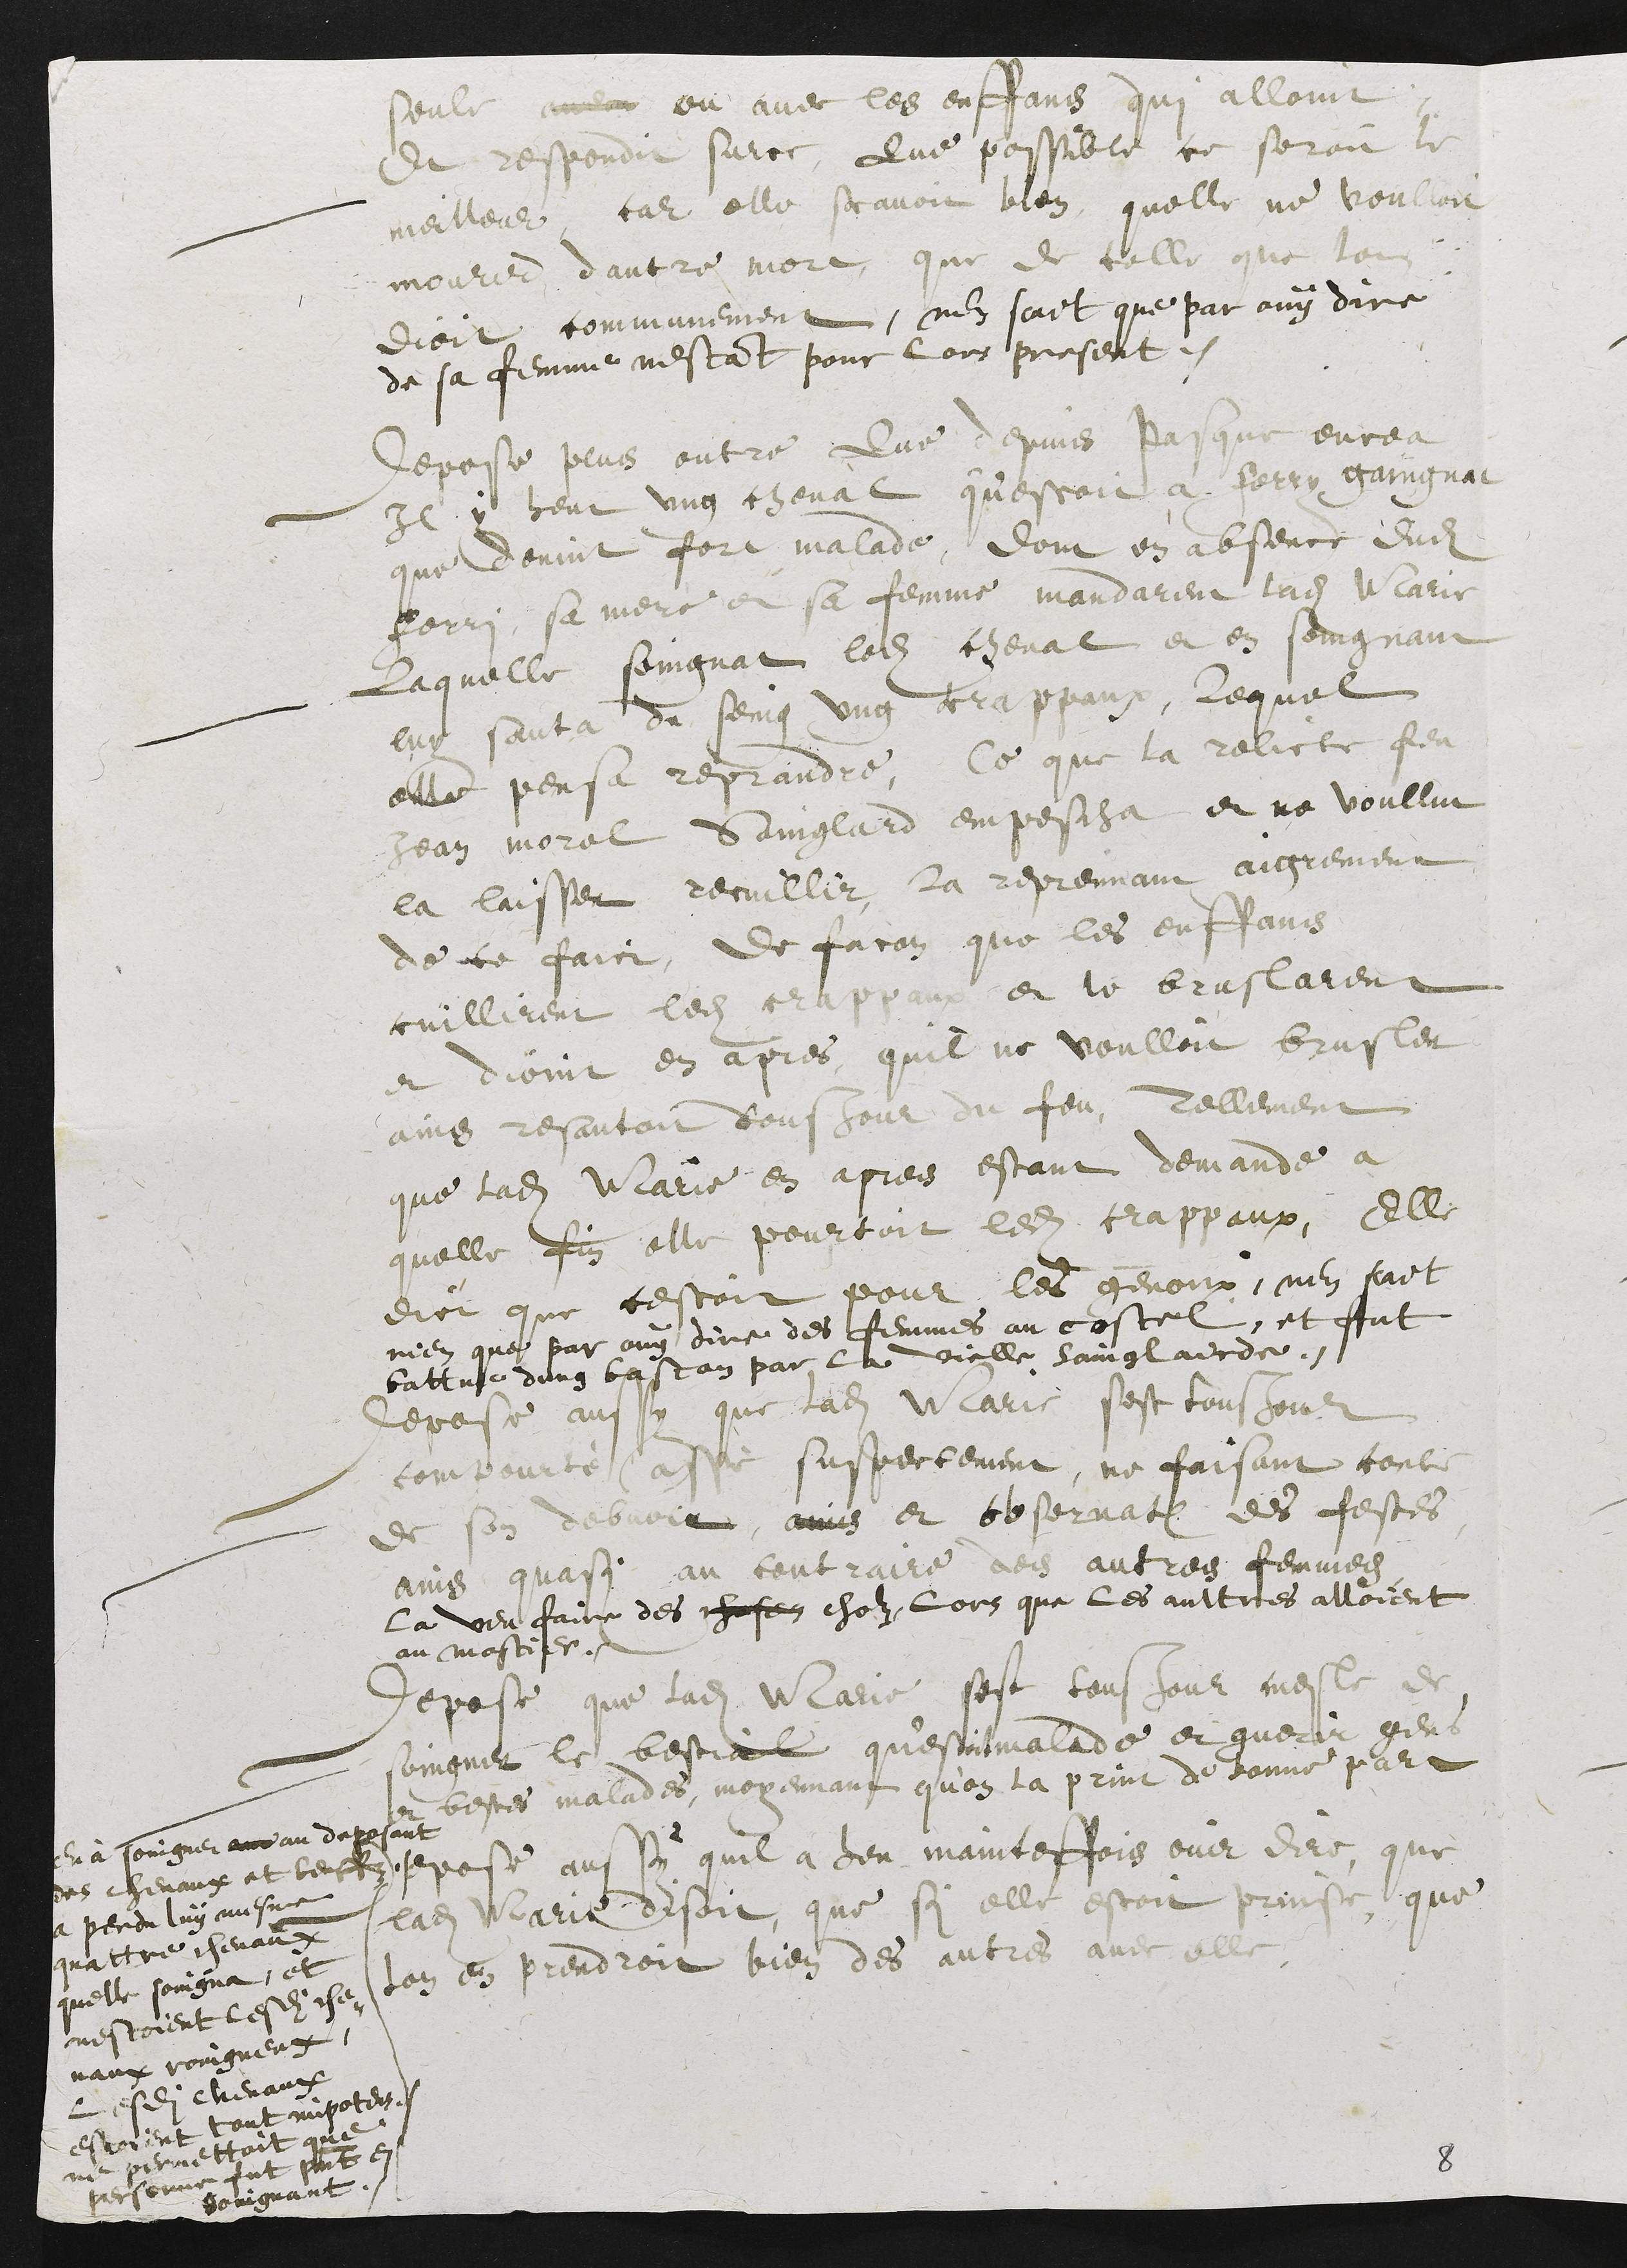
Seule ou avec les enffans qui alloint,
et respondit surce,  Que possible ce seroit le
meilleur, car elle scavoit bien quelle ne voulloit
mourir d autre mort, que de telle que lon
dioit communement, nen scait que par ouÿ dire
de sa femme nestant pour lors present.
Depose plus outre que depuis Pasque encea
Il ÿ heut ung cheval questoit a ferry gaingnat
que devint fort malade, dont en absence dudit
ferry sa mere et sa femme mandarent ladite Marie
laquelle soingnat ledit cheval et en soingnant
luy sauta du seing ung crappaux, lequel
elle pensa reprandre, ce que la relicte feu
Jean Morel Sainglard empescha et ne voullut
la laisser recuillir, la repremant aigrement
de ce faire, de facon que les enffans
cuillirent ledit crappaux et le bruslarent
et dioint en apres quil ne voulloit brusler
ains resautoit tousjour du feu, tellement
que ladite Marie en apres estant demande a
quelle fin elle pourtoit ledit crappaux, elle
dict que cestoit pour les genoux, nen scait
rien que par ouÿ dire des femmes au costel, et fut
battue dung baston par la vielle Sainglairde.
Depose aussy que ladite Marie sest tousjour
compourté assè suspectement, ne faisant ???
de son debvoir, ains et observation des festes
ains quasi au contraire des autres femmes,
La veu faire des chosen choses, lors que les aultres alloient
au mostier
Depose que ladite Marie sest tousjour mesle de
soingner le bestial qu’estoit malade et guerir gens
et bestes malades, moyenant qu’on la prine de bonne part
Depose aussÿ quil a heu maintesfois ouir dire, que
ladite Marie disoit, que si elle estoit prinse, que
lon en prendroit bien des autres avec elle.
On a soingner aux au deposant
des chevaux et beste
a perdu luÿ mesme
quattre chevaux
quelle soingna, et
nestoient lesdits che
vaux coingneux,
lesdits chevaux
estoient tout impotens.
ne permettoit que
personne fut present en
soingnant.